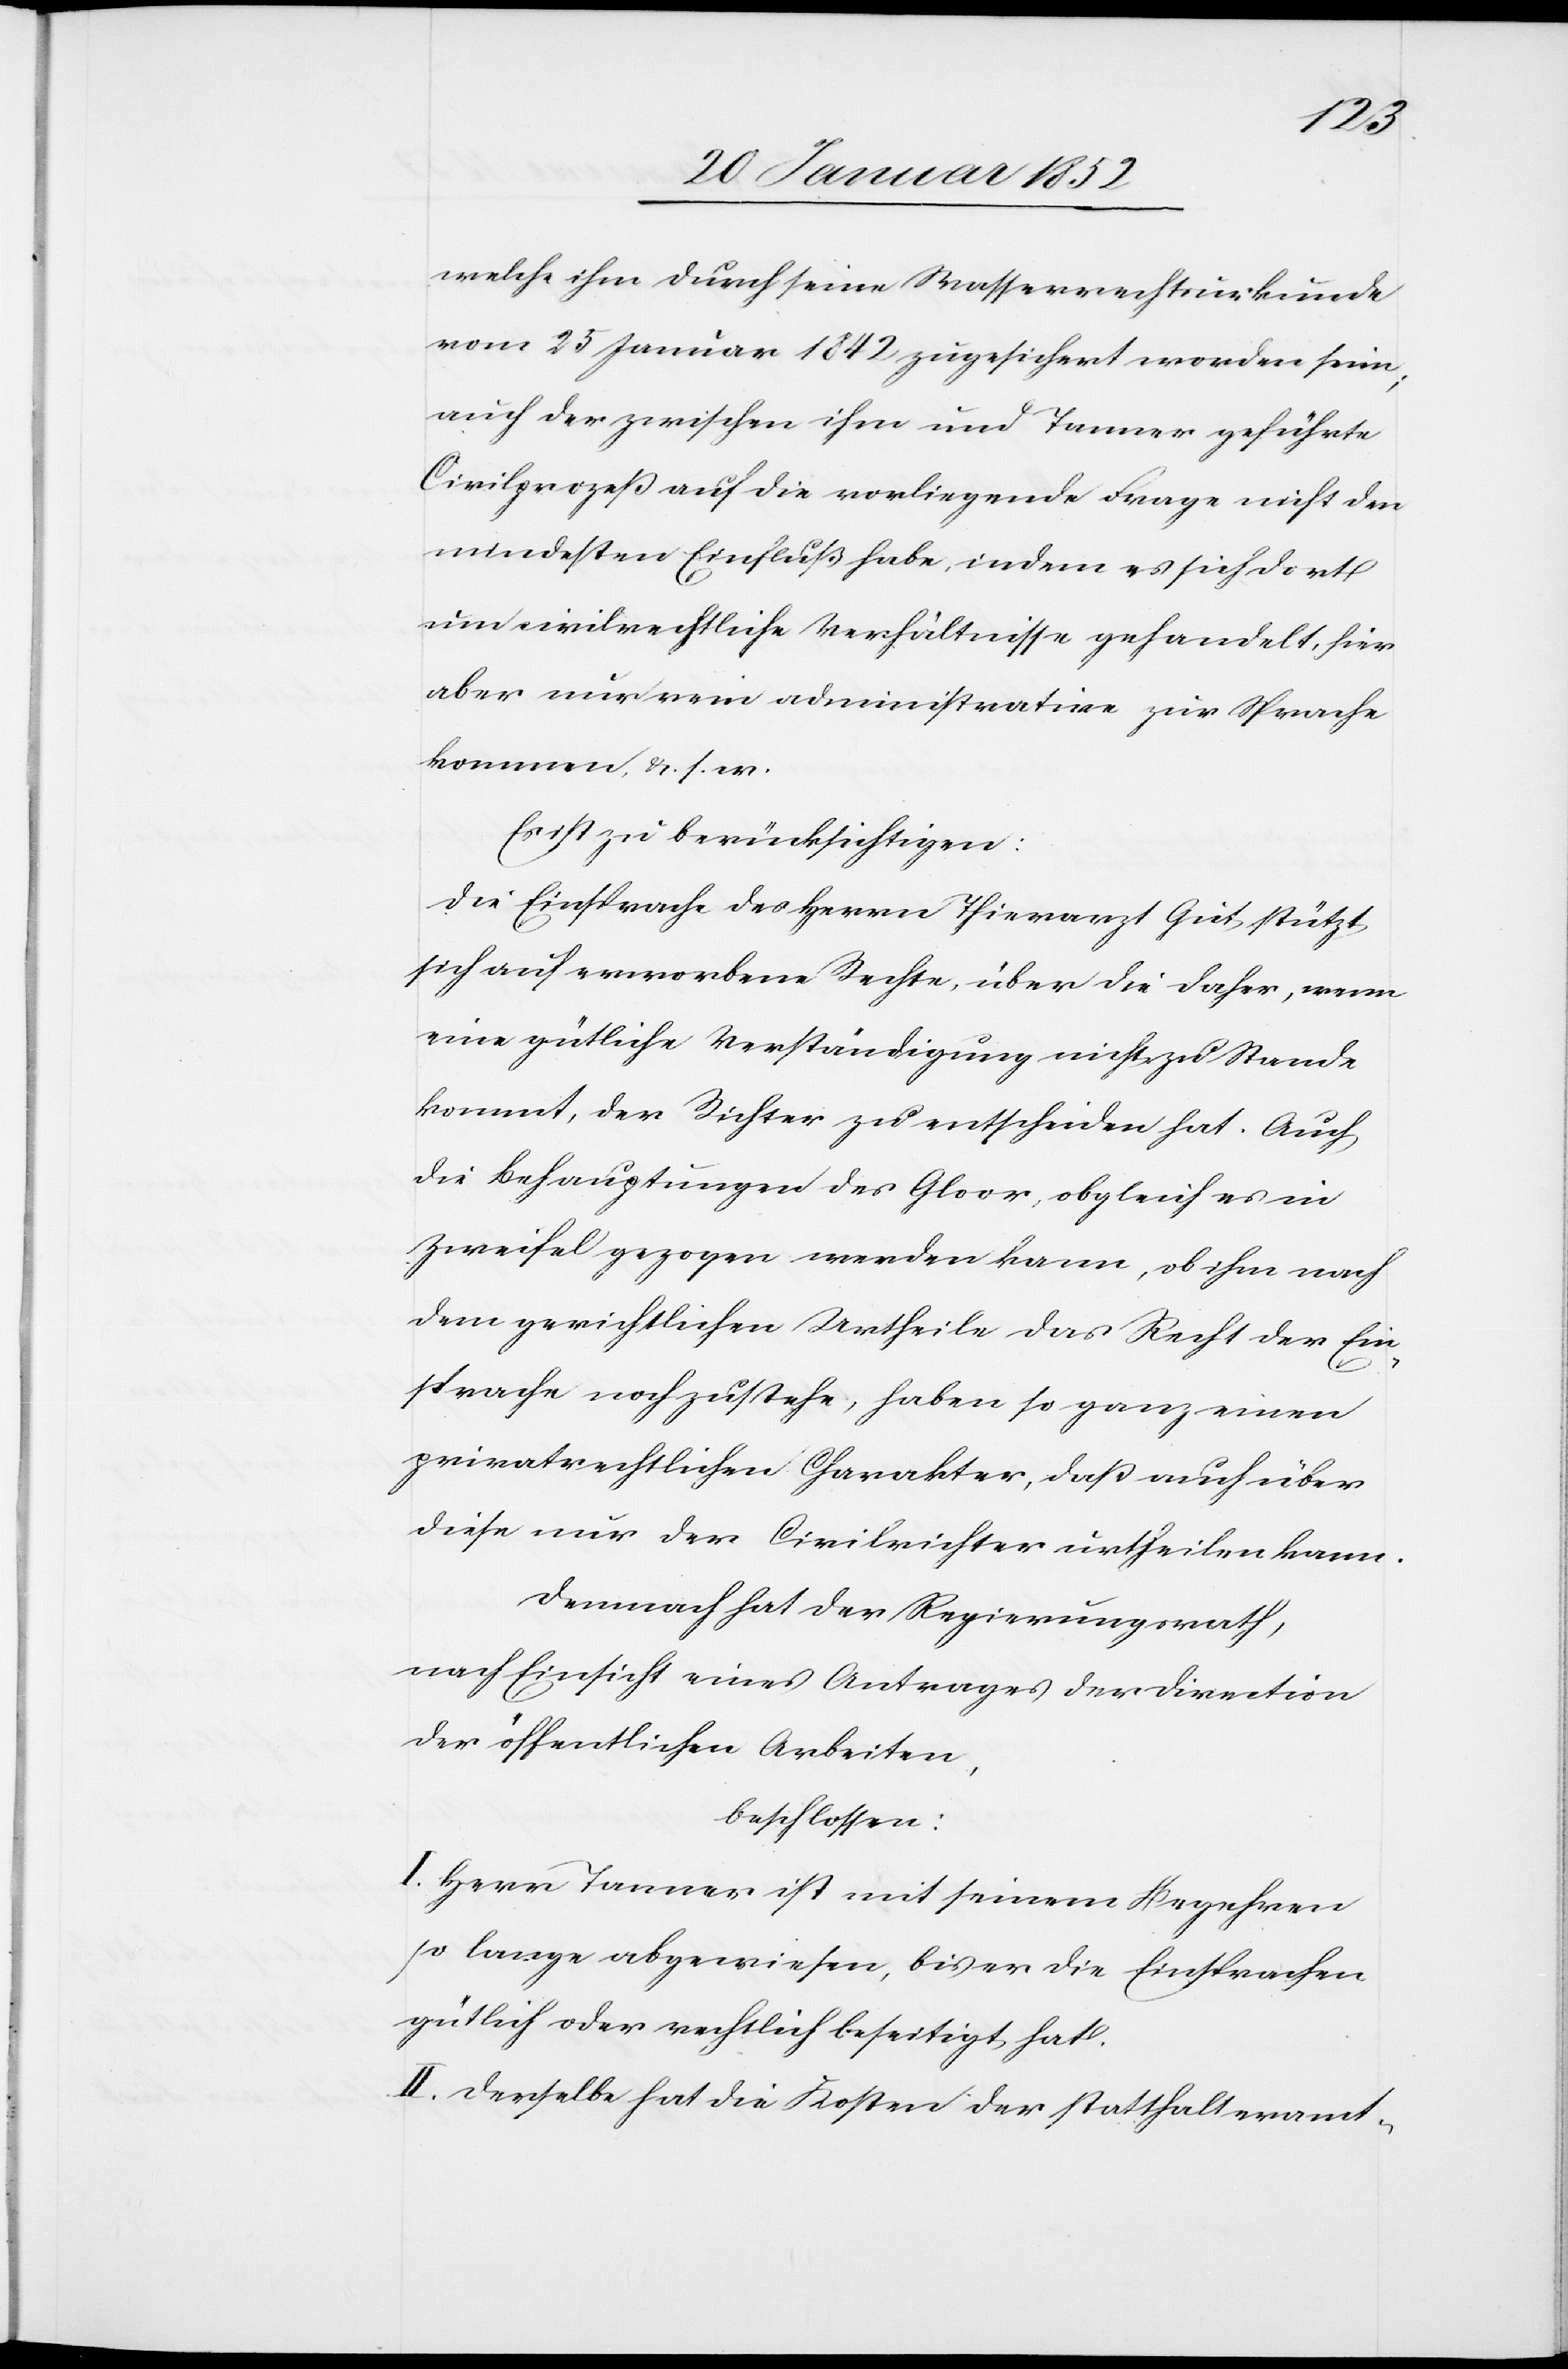
welche ihm durch seine Wasserrechtsurkunde
vom 25 Januar 1842 zugesichert worden seien,
auch der zwischen ihm und Tanner geführte
Civilprozeß auf die vorliegende Frage nicht den
mindesten Einfluß habe, indem es sich dort
um civilrechtliche Verhältnisse gehandelt, hier
aber nur rein administrative zur Sprache
kommen, u. s. w.
Es ist zu berücksichtigen:
Die Einsprache des Herrn Thierarzt Gut stützt
sich auf erworbene Rechte, über die daher, wenn
eine gütliche Verständigung nicht zu Stande
kommt, der Richter zu entscheiden hat. Auch
die Behauptungen des Gloor, obgleich es in
Zweifel gezogen werden kann, ob ihm nach
dem gerichtlichen Urtheile das Recht der Ein¬
sprache noch zustehe, haben so ganz einen
privatrechtlichen Charakter, daß auch über
diese nur der Civilrichter urtheilen kann.
Demnach hat der Regierungsrath,
nach Einsicht eines Antrages der Direction
der öffentlichen Arbeiten,
beschlossen:
I. Herrn Tanner ist mit seinem Begehren
so lange abgewiesen, bis er die Einsprachen
gütlich oder rechtlich beseitigt hat.
II. Derselbe hat die Kosten der statthalteramt-